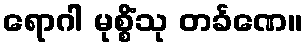
ရောဂါ မုစ္စိံသု တင်္ခဏေ။